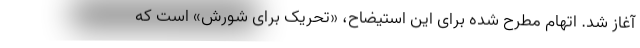
آغاز شد. اتهام مطرح شده برای این استیضاح، «تحریک برای شورش» است که